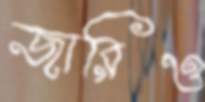
জারিও